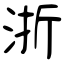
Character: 浙